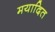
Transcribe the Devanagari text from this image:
मयादित